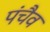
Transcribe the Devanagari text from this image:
पंचैव